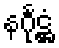
နင်္ဂုဋ္ဌံ